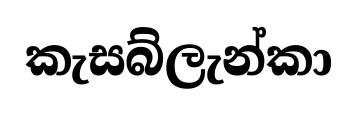
කැසබ්ලැන්කා